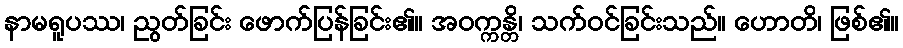
နာမရူပဿ၊ ညွတ်ခြင်း ဖောက်ပြန်ခြင်း၏။ အဝက္ကန္တိ၊ သက်ဝင်ခြင်းသည်။ ဟောတိ၊ ဖြစ်၏။